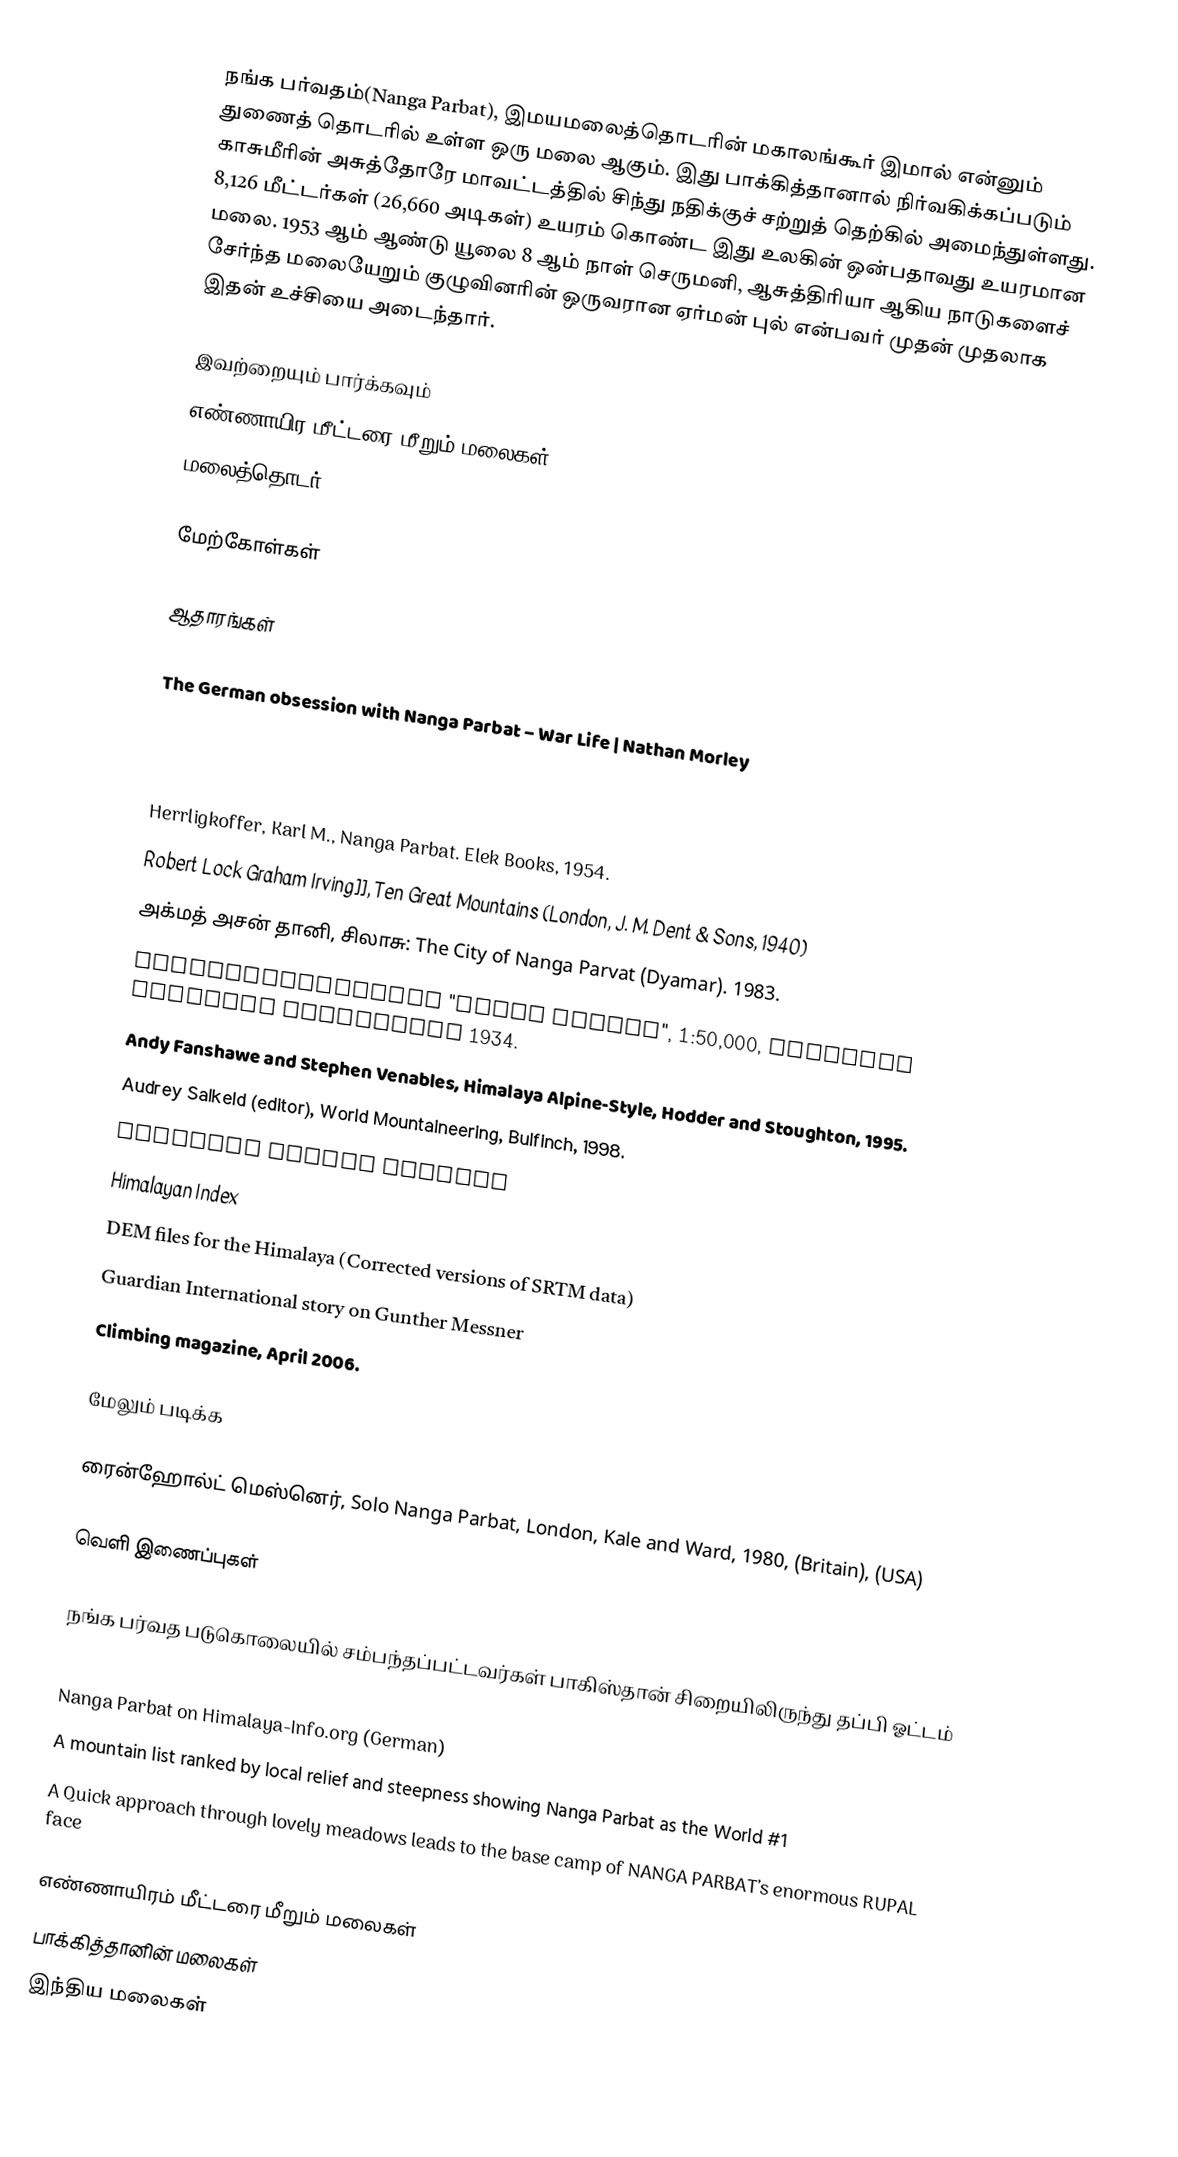
நங்க பர்வதம்(Nanga Parbat), இமயமலைத்தொடரின் மகாலங்கூர் இமால் என்னும் துணைத் தொடரில் உள்ள ஒரு மலை ஆகும். இது பாக்கித்தானால் நிர்வகிக்கப்படும் காசுமீரின் அசுத்தோரே மாவட்டத்தில் சிந்து நதிக்குச் சற்றுத் தெற்கில் அமைந்துள்ளது. 8,126 மீட்டர்கள் (26,660 அடிகள்) உயரம் கொண்ட இது உலகின் ஒன்பதாவது உயரமான மலை.  1953 ஆம் ஆண்டு யூலை 8 ஆம் நாள் செருமனி, ஆசுத்திரியா ஆகிய நாடுகளைச் சேர்ந்த மலையேறும் குழுவினரின் ஒருவரான ஏர்மன் புல் என்பவர் முதன் முதலாக இதன் உச்சியை அடைந்தார்.

இவற்றையும் பார்க்கவும்
 எண்ணாயிர மீட்டரை மீறும் மலைகள்
 மலைத்தொடர்

மேற்கோள்கள்

ஆதாரங்கள்

 The German obsession with Nanga Parbat – War Life | Nathan Morley

 Herrligkoffer, Karl M., Nanga Parbat. Elek Books, 1954.
 Robert Lock Graham Irving]], Ten Great Mountains (London, J. M. Dent & Sons, 1940)
 அக்மத் அசன் தானி, சிலாசு: The City of Nanga Parvat (Dyamar). 1983.
 Alpenvereinskarte "Nanga Parbat", 1:50,000, Deutsche Himalaya Expedition 1934.
 Andy Fanshawe and Stephen Venables, Himalaya Alpine-Style, Hodder and Stoughton, 1995.
 Audrey Salkeld (editor), World Mountaineering, Bulfinch, 1998.
 American Alpine Journal
 Himalayan Index
 DEM files for the Himalaya (Corrected versions of SRTM data)
 Guardian International story on Gunther Messner
 Climbing magazine, April 2006.

மேலும் படிக்க

 ரைன்ஹோல்ட் மெஸ்னெர், Solo Nanga Parbat, London, Kale and Ward, 1980,  (Britain),  (USA)

வெளி இணைப்புகள்

நங்க பர்வத படுகொலையில் சம்பந்தப்பட்டவர்கள் பாகிஸ்தான் சிறையிலிருந்து தப்பி ஓட்டம்
Nanga Parbat on summitpost.org
Nanga Parbat on Himalaya-Info.org (German)
A mountain list ranked by local relief and steepness showing Nanga Parbat as the World #1
A Quick approach through lovely meadows leads to the base camp of NANGA PARBAT’s enormous RUPAL face

எண்ணாயிரம் மீட்டரை மீறும் மலைகள்
பாக்கித்தானின் மலைகள்
இந்திய மலைகள்